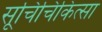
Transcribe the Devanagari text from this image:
सूचिचिकित्सा